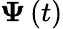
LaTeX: \boldsymbol{\Psi}\left(t\right)